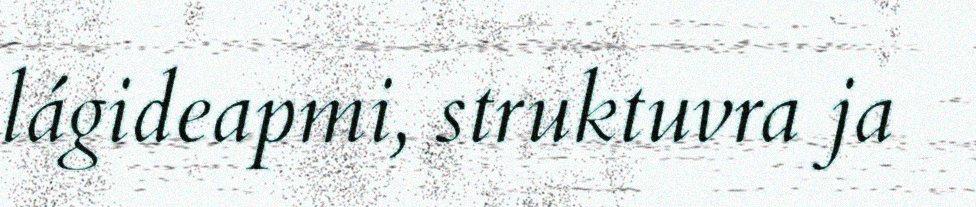
lágideapmi, struktuvra ja